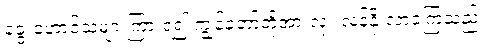
ခွေးဟောင်သံများကြားရ၍ ကျွန်တော်တို့အားလုံး လန့်နိုးလာခဲ့ကြသည်။